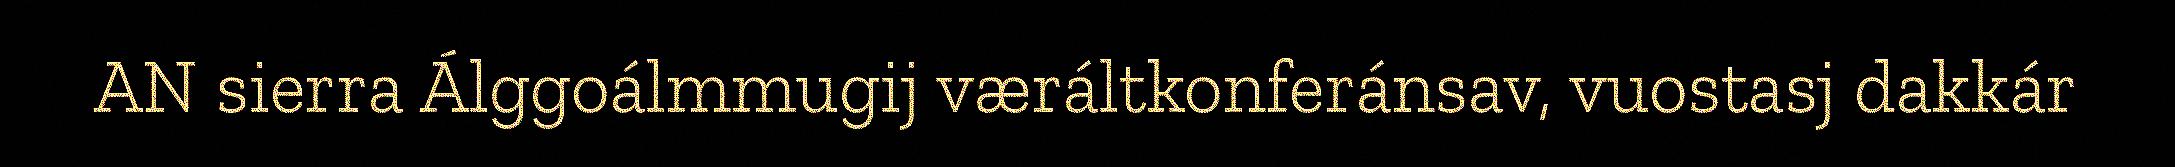
AN sierra Álggoálmmugij væráltkonferánsav, vuostasj dakkár